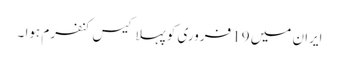
ایران میں 19 فروری کو پہلا کیس کنفرم ہوا ۔